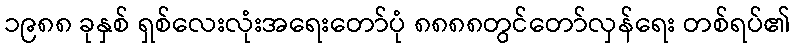
၁၉၈၈ ခုနှစ် ရှစ်လေးလုံးအရေးတော်ပုံ ၈၈၈၈တွင်တော်လှန်ရေး တစ်ရပ်၏